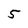
Character: 5